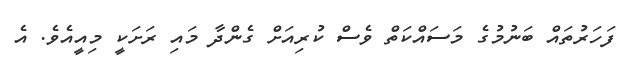
ފަހަރުތައް ބަނުމުގެ މަސައްކަތް ވެސް ކުރިއަށް ގެންދާ މައި ރަށަކީ މިއީއެވެ. އެ